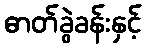
ဓာတ်ခွဲခန်းနှင့်